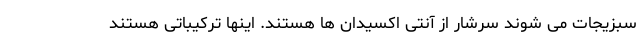
سبزیجات می شوند سرشار از آنتی اکسیدان ها هستند. اینها ترکیباتی هستند